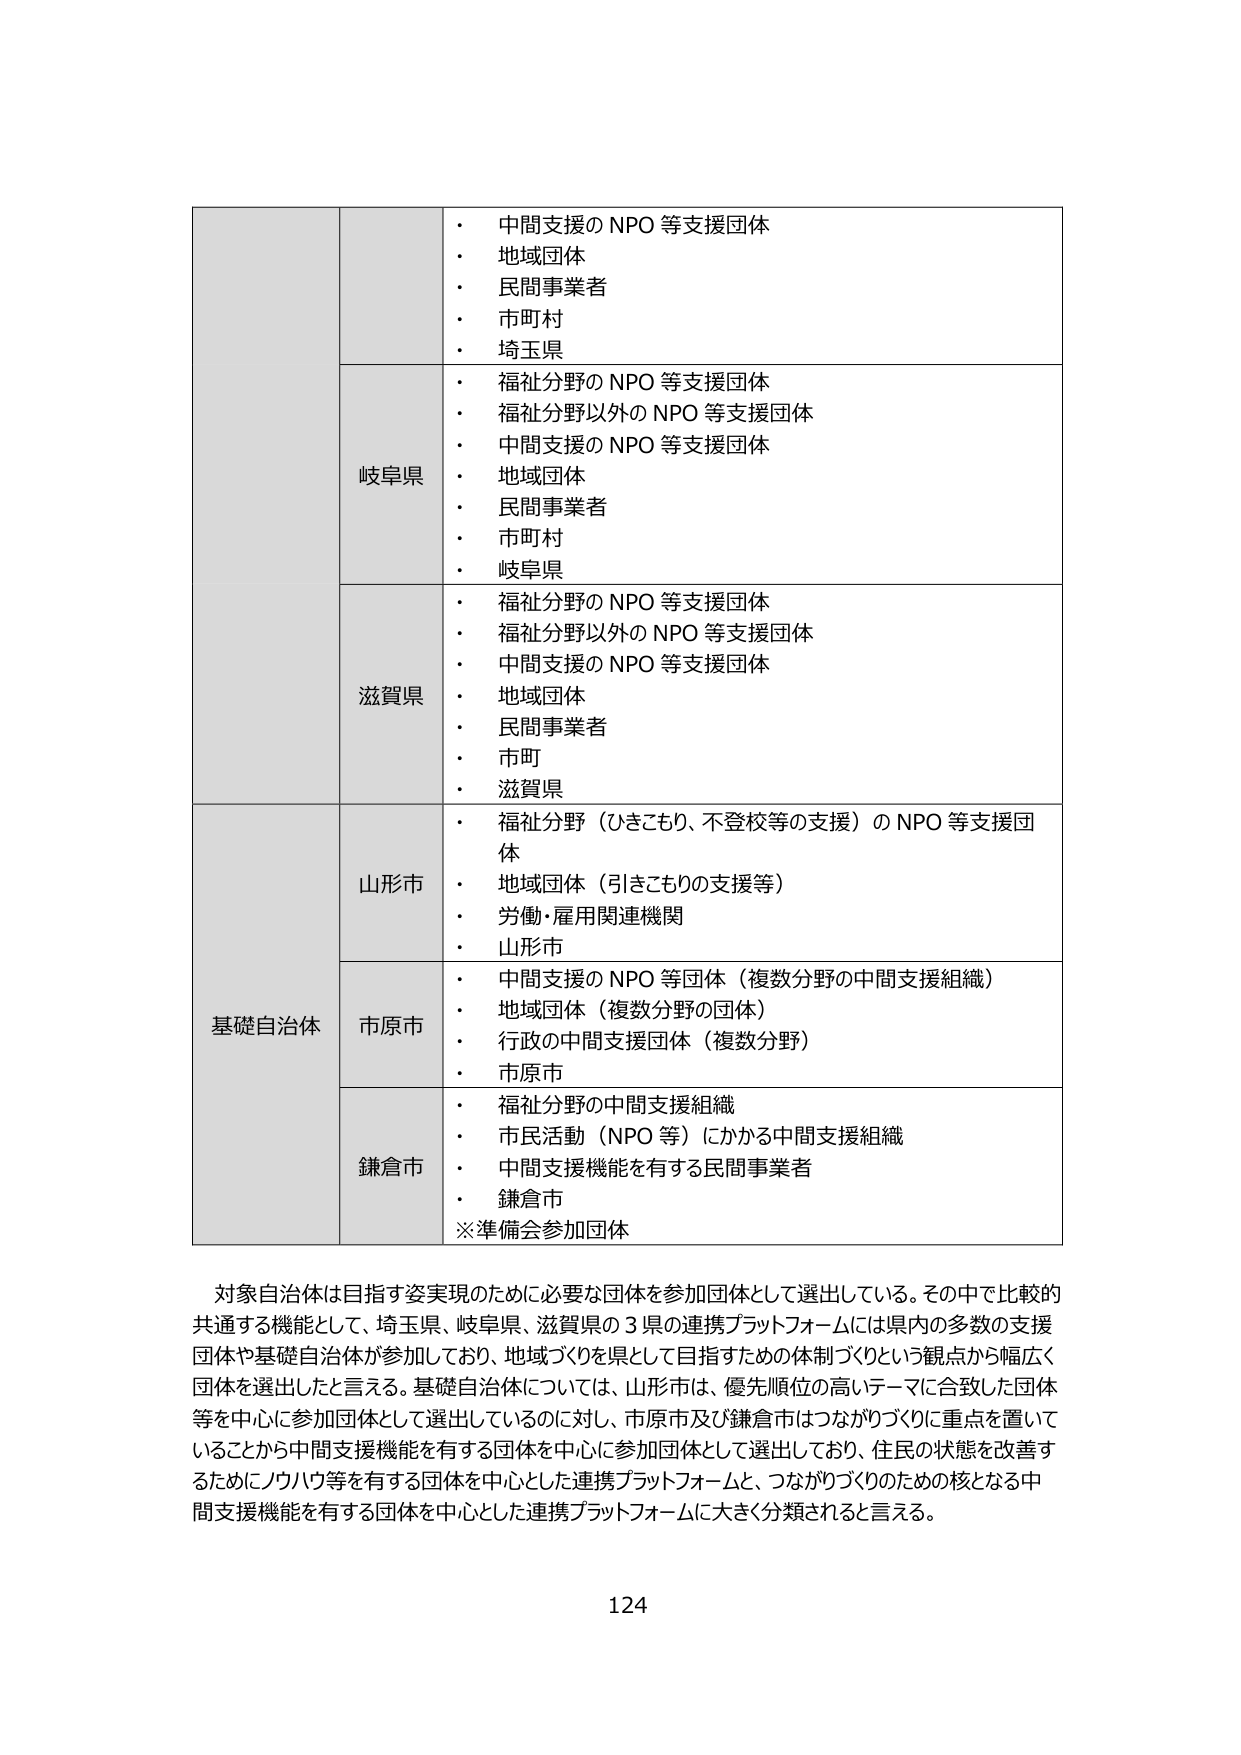
・ 中間支援の NPO 等支援団体
・ 地域団体
・ 民間事業者
・ 市町村
・ 埼玉県

岐阜県
・ 福祉分野の NPO 等支援団体
・ 福祉分野以外の NPO 等支援団体
・ 中間支援の NPO 等支援団体
・ 地域団体
・ 民間事業者
・ 市町村
・ 岐阜県

滋賀県
・ 福祉分野の NPO 等支援団体
・ 福祉分野以外の NPO 等支援団体
・ 中間支援の NPO 等支援団体
・ 地域団体
・ 民間事業者
・ 市町
・ 滋賀県

基礎自治体
山形市
・ 福祉分野（ひきこもり、不登校等の支援）の NPO 等支援団体
・ 地域団体（引きこもりの支援等）
・ 労働・雇用関連機関
・ 山形市

市原市
・ 中間支援の NPO 等団体（複数分野の中間支援組織）
・ 地域団体（複数分野の団体）
・ 行政の中間支援団体（複数分野）
・ 市原市

鎌倉市
・ 福祉分野の中間支援組織
・ 市民活動（NPO 等）にかかる中間支援組織
・ 中間支援機能を有する民間事業者
・ 鎌倉市
※準備会参加団体

対象自治体は目指す姿実現のために必要な団体を参加団体として選出している。その中で比較的共通する機能として、埼玉県、岐阜県、滋賀県の３県の連携プラットフォームには県内の多数の支援団体や基礎自治体が参加しており、地域づくりを県として目指すための体制づくりという観点から幅広く団体を選出したと言える。基礎自治体については、山形市は、優先順位の高いテーマに合致した団体等を中心に参加団体として選出しているのに対し、市原市及び鎌倉市はつながりづくりに重点を置いていることから中間支援機能を有する団体を中心に参加団体として選出しており、住民の状態を改善するためにノウハウ等を有する団体を中心とした連携プラットフォームと、つながりづくりのための核となる中間支援機能を有する団体を中心とした連携プラットフォームに大きく分類されると言える。

124